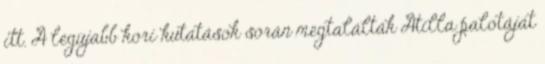
itt. A legújabb kori kutatások során megtalálták Atilla palotáját